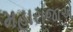
મહારાજાએ